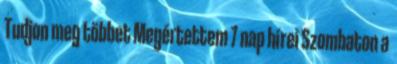
Tudjon meg többet Megértettem 7 nap hírei Szombaton a